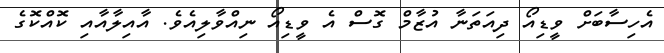
އެހިސާބަށް ވީޑިއޯ ދިއަތަނާ އުޒާމް ގޮސް އެ ވީޑިއޯ ނިއްވާލިއެވެ. އާއިލާއާއި ކޮއްކޮގެ